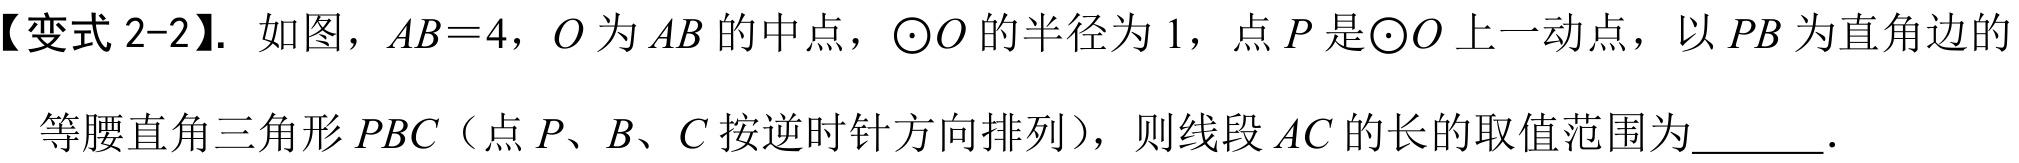
【变式 2-2】. 如图，\(AB = 4\)，\(O\) 为 \(AB\) 的中点，\(\odot O\) 的半径为 \(1\)，点 \(P\) 是\(\odot O\) 上一动点，以 \(PB\) 为直角边的
等腰直角三角形 \(PBC\)（点 \(P、B、C\) 按逆时针方向排列），则线段 \(AC\) 的长的取值范围为  ．